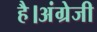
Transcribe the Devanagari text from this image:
है।अंग्रेजी